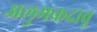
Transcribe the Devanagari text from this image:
अलुमकदावू